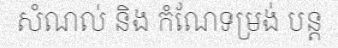
សំណល់ និង កំណែទម្រង់ បន្ត